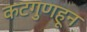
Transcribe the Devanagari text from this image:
कटगुणहून